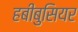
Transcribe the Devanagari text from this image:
हबीबुसियर